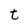
Character: t